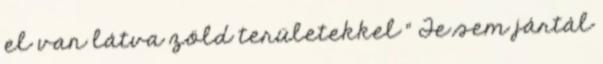
el van látva zöld területekkel " Te sem jártál